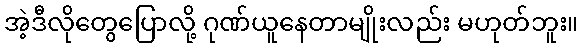
အဲ့ဒီလိုတွေပြောလို့ ဂုဏ်ယူနေတာမျိုးလည်း မဟုတ်ဘူး။